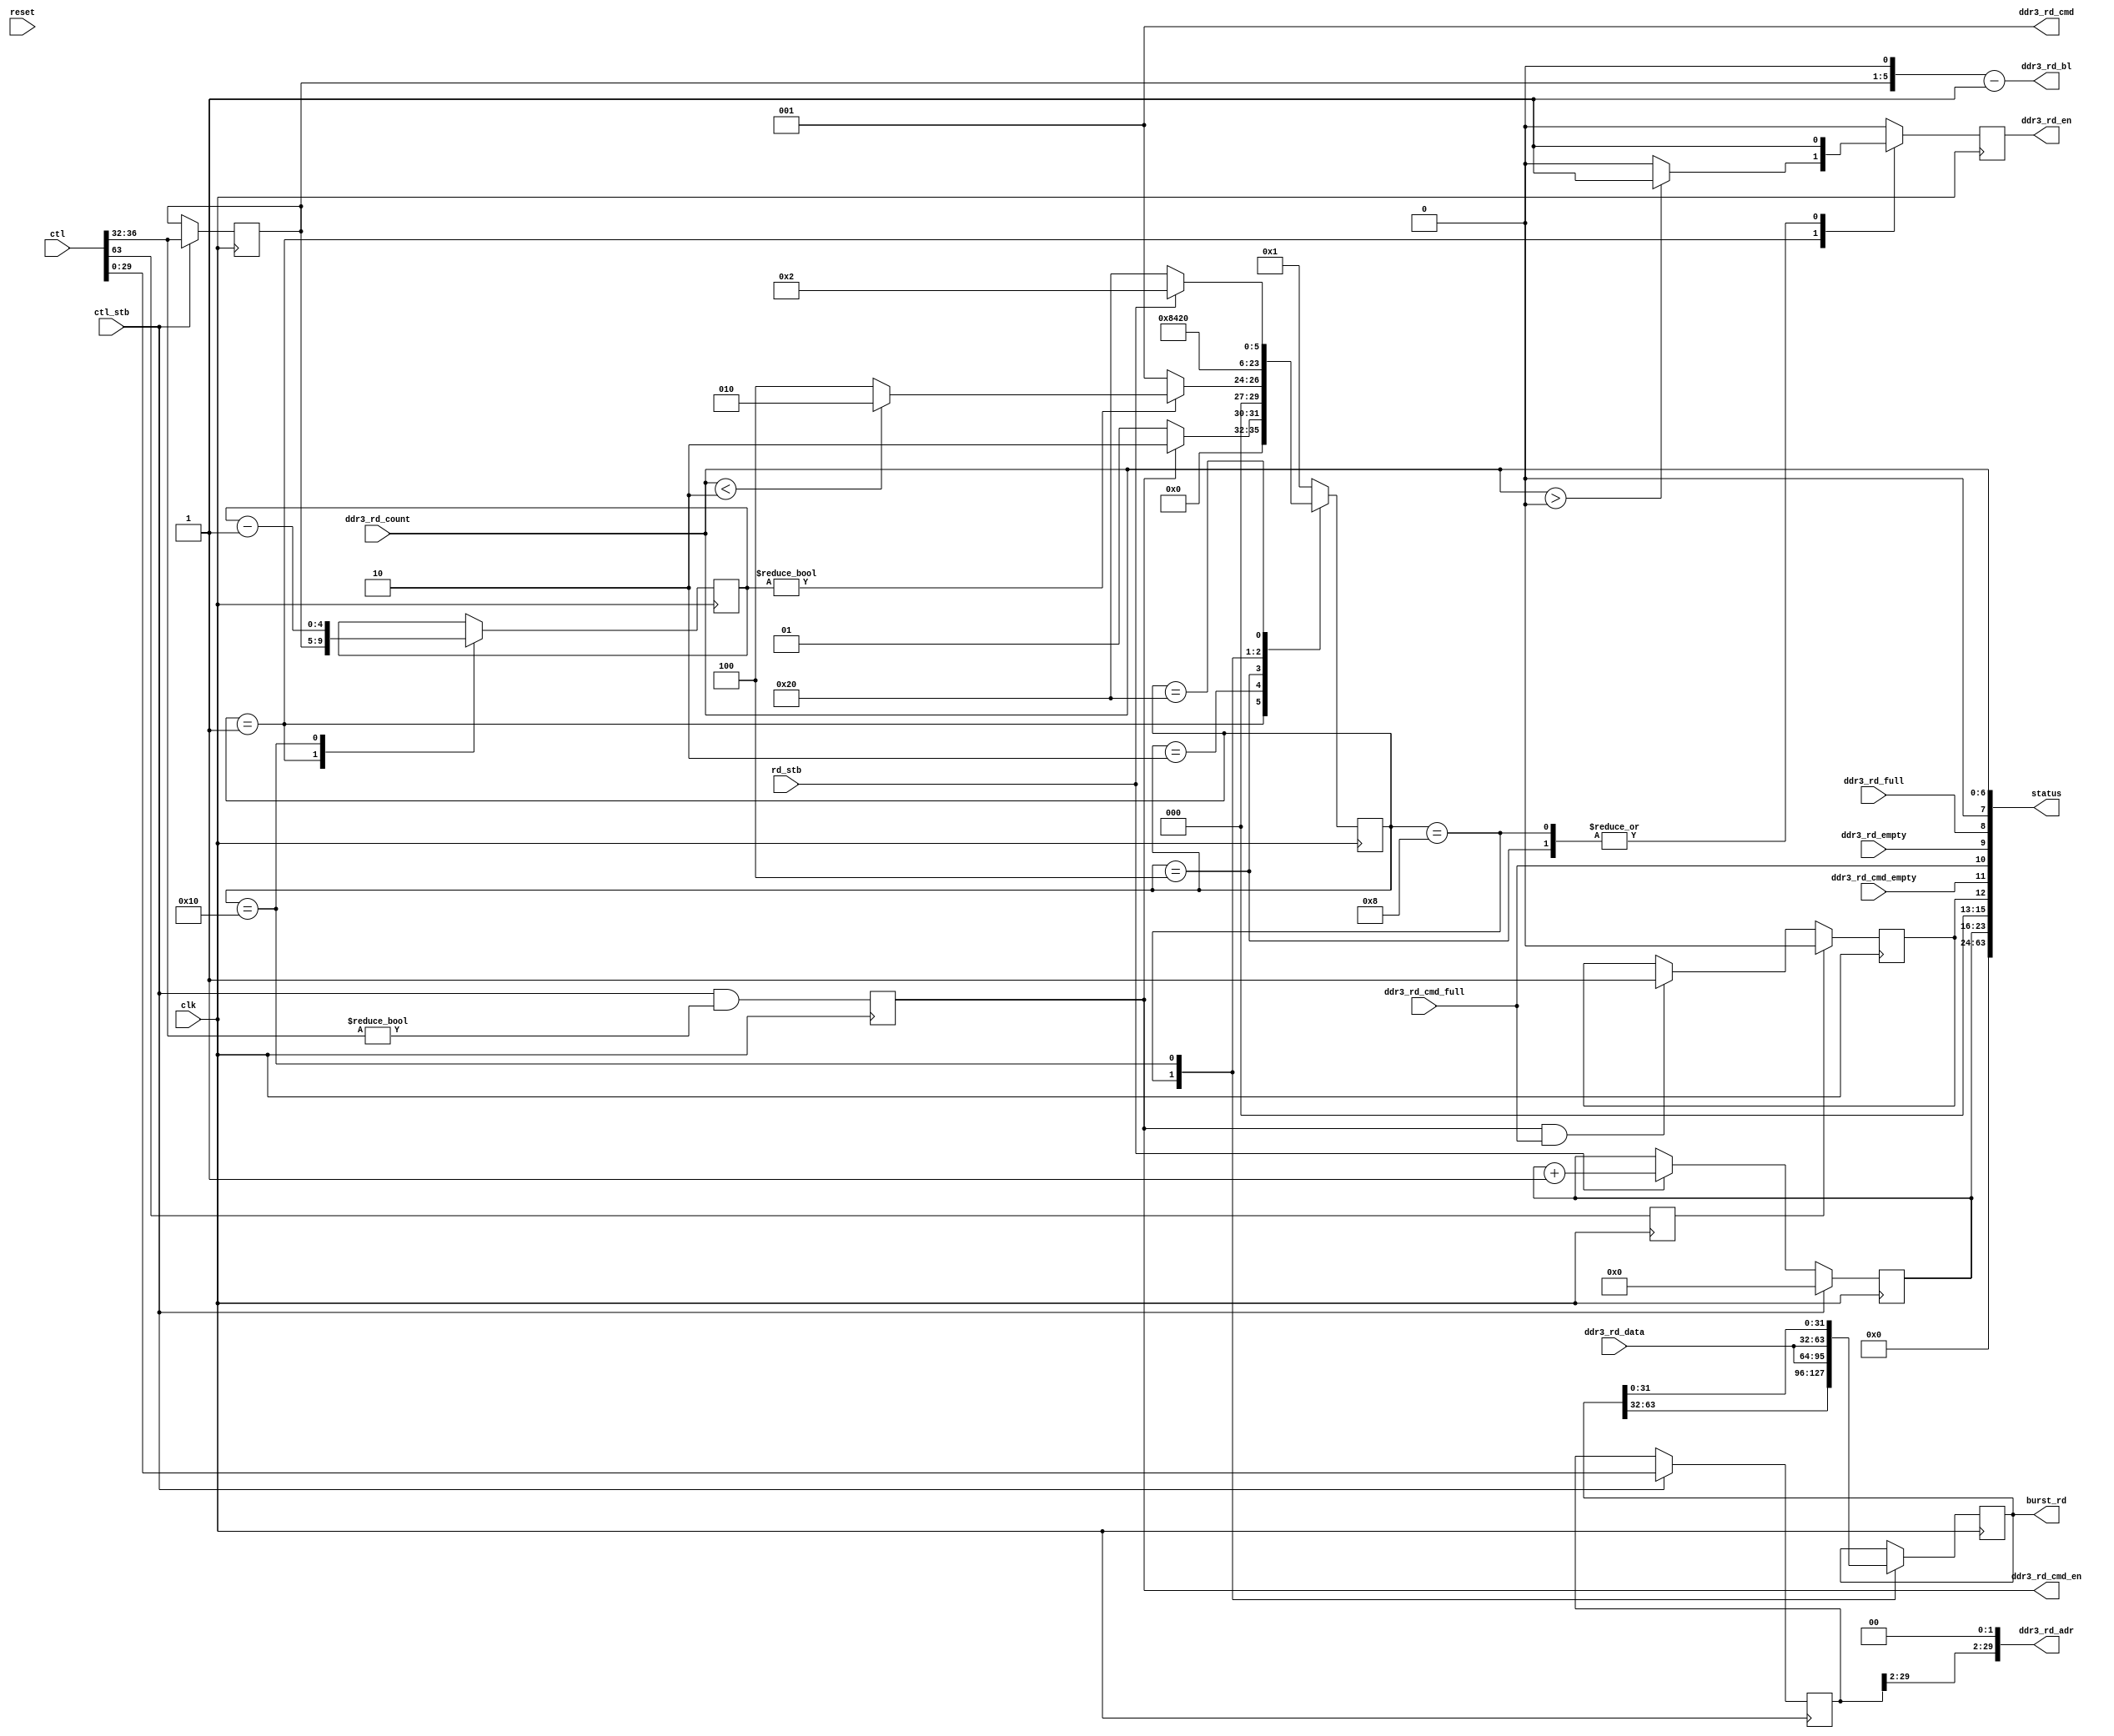
module ddr3_eim_cs1(
		    input wire clk,
		    
		    input wire [63:0] ctl, 
		    input wire ctl_stb,  // strobes when control register updated
		    output wire [63:0] burst_rd,
		    input wire rd_stb,   // strobes when burst read register has been accessed
		    output wire [63:0] status,

		    output wire [2:0] ddr3_rd_cmd,
		    output wire [5:0] ddr3_rd_bl,
		    output wire [29:0] ddr3_rd_adr,
		    output wire ddr3_rd_cmd_en,
		    input wire ddr3_rd_cmd_empty,
		    input wire ddr3_rd_cmd_full,

		    input wire [31:0] ddr3_rd_data,
		    input wire [6:0] ddr3_rd_count,
		    input wire ddr3_rd_empty,
		    input wire ddr3_rd_full,
		    output reg ddr3_rd_en,
		    
		    input wire reset
		    );

   reg [29:0] 		 cmd_adr;
   reg [4:0] 		 num_pkts; // 256 byte queue max, 8-byte packets = 32 max packet request
   reg [4:0] 		 outstanding;

   reg [63:0] 		 rd_cache;

   reg 			 cmd_go;

   reg 			 reset_errors;
   reg 			 cmd_err;

   reg [7:0] 		 readcount;
   
   assign burst_rd[63:0] = rd_cache[63:0];
   
   
   assign status = {readcount,
		    3'b0,cmd_err, 
		    ddr3_rd_cmd_empty, ddr3_rd_cmd_full, ddr3_rd_empty, ddr3_rd_full, 
		    1'b0, ddr3_rd_count[6:0]};

   // readcount helps sanity-check i.MX6 errors. Sometimes the compiler will kick out
   // integer (32-bit) reads and double the read count. Read count should equal packet request count.
   always @(posedge clk) begin
      if( ctl_stb ) begin
	 readcount <= 8'b0;
      end else if( rd_stb ) begin
	 readcount <= readcount + 8'b1;
      end else begin
	 readcount <= readcount;
      end
   end

   always @(posedge clk) begin
      if( ctl_stb ) begin
	 cmd_adr <= ctl[29:0];
	 num_pkts <= ctl[36:32]; // specified in 64-bit increments, up to 32 packets; 0 = no transaction
      end else begin
	 cmd_adr <= cmd_adr;
	 num_pkts <= num_pkts;
      end
      
      cmd_go <= ctl_stb && (ctl[36:32] != 5'b0);
   end

   assign ddr3_rd_cmd = 3'b001; // always read
   assign ddr3_rd_adr = {cmd_adr[29:2],2'b00}; // passed through from host, snapped to 32-bit boundary
   assign ddr3_rd_bl[5:0] = {num_pkts[4:0],1'b0} - 6'b1;
   assign ddr3_rd_cmd_en = cmd_go; // always assume we have space in cmd fifo

   parameter READ_IDLE        = 6'b1 << 0;
   parameter READ_PENDING     = 6'b1 << 1;
   parameter READ_FETCH       = 6'b1 << 2;
   parameter READ_UPDATE_LSB  = 6'b1 << 3;
   parameter READ_UPDATE_MSB  = 6'b1 << 4;
   parameter READ_WAIT        = 6'b1 << 5;

   parameter READ_nSTATES = 6;
   reg [(READ_nSTATES - 1):0] 		 cstate;
   reg [(READ_nSTATES - 1):0] 		 nstate;

   always @(posedge clk) begin
      cstate <= nstate;
   end

   // state evolution
   always @(*) begin
      case(cstate)
	// starting assumptions:
	//  - rd_cache is invalid
	//  - no burst read is pending
	READ_IDLE: begin
	   if( cmd_go ) begin
	      nstate <= READ_PENDING;
	   end else begin
	      nstate <= READ_IDLE;
	   end
	end
	READ_PENDING: begin
	   if( outstanding != 5'b0 ) begin
	      if( ddr3_rd_count[6:0] < 7'b10 ) begin
		 nstate <= READ_PENDING;
	      end else begin
		 nstate <= READ_FETCH;
	      end
	   end else begin
	      nstate <= READ_IDLE;
	   end
	end // case: READ_PENDING
	READ_FETCH: begin
	   nstate <= READ_UPDATE_LSB;
	end
	READ_UPDATE_LSB: begin
	   nstate <= READ_UPDATE_MSB;
	end
	READ_UPDATE_MSB: begin
	   nstate <= READ_WAIT;
	end
	READ_WAIT: begin
	   if( rd_stb ) begin  // min 30 bclk cycles between read strobes, so plenty of time to cycle back
	      nstate <= READ_PENDING;
	   end else begin
	      nstate <= READ_WAIT;
	   end
	end
	default: begin
	   nstate <= READ_IDLE;
	end
      endcase // case (cstate)
   end // always @ (*)

   // state output
   always @(posedge clk) begin
      case(cstate)
	READ_IDLE: begin
	   outstanding[4:0] <= num_pkts[4:0];
	   rd_cache <= rd_cache;
	   if( ddr3_rd_count[6:0] > 7'b0 ) begin
	      ddr3_rd_en <= 1'b1; // discard any mismatch/overruns
	   end else begin
	      ddr3_rd_en <= 1'b0;
	   end
	end
	READ_PENDING: begin
	   outstanding <= outstanding;
	   rd_cache <= rd_cache;
	   ddr3_rd_en <= 1'b0;
	end
	READ_FETCH: begin
	   outstanding <= outstanding;
	   rd_cache <= rd_cache;
	   ddr3_rd_en <= 1'b1;
	end
	READ_UPDATE_LSB: begin
	   outstanding <= outstanding;
	   rd_cache[63:0] <= {rd_cache[63:32],ddr3_rd_data[31:0]};
	   ddr3_rd_en <= 1'b1;
	end
	READ_UPDATE_MSB: begin
	   outstanding <= outstanding - 5'b1;
	   rd_cache[63:0] <= {ddr3_rd_data[31:0],rd_cache[31:0]};
//	   rd_cache[63:0] <= {ddr3_rd_data[31:0] + 32'hbabe1234,rd_cache[31:0]};
	   ddr3_rd_en <= 1'b0;
	end
	READ_WAIT: begin
	   outstanding <= outstanding;
	   rd_cache <= rd_cache;
	   ddr3_rd_en <= 1'b0;
	end
	default: begin
	   outstanding <= outstanding;
	   rd_cache <= rd_cache;
	   ddr3_rd_en <= 1'b0;
	end
      endcase // case (cstate)
   end
   
   
   // catch and track errors -- we assume that cmd fifo always has space for us in this implementation
   // make sure we catch when this fails
   always @(posedge clk) begin
      reset_errors <= ctl[63];
      if( reset_errors ) begin
	 cmd_err <= 1'b0;
      end else begin
	 if( cmd_go && ddr3_rd_cmd_full ) begin
	    cmd_err <= 1'b1;
	 end else begin
	    cmd_err <= cmd_err;
	 end
      end
   end // always @ (posedge clk)
   
endmodule